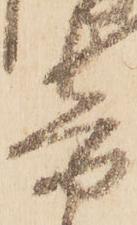
音